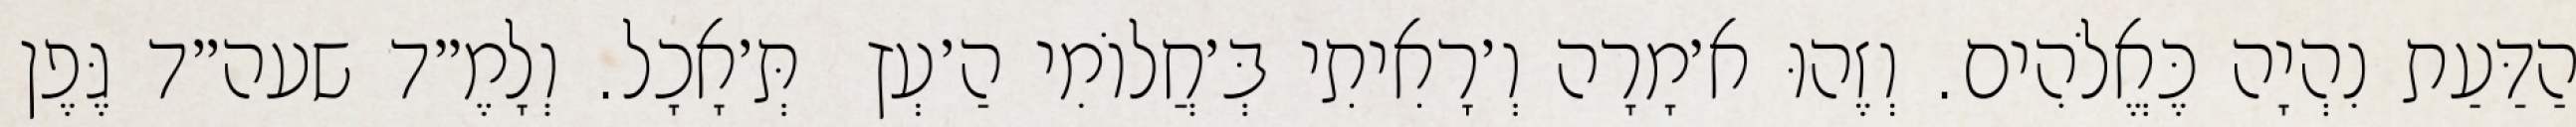
הַדַּעַת נִהְיָה כֶּאֱלֹהִים. וְזֶהוּ א׳מָרָה וְ׳רָאִיתִי בְּ׳חֲלוֹמִי הַ׳עְץ  תְּ׳אָכָל. וְלָמֶ״ד שעה״ד גֶּפֶן